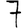
Digit: 7